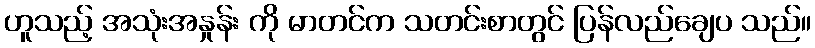
ဟူသည့် အသုံးအနှုန်း ကို မာတင်က သတင်းစာတွင် ပြန်လည်ချေပ သည်။